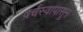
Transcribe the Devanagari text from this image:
वर्चस्वापासून